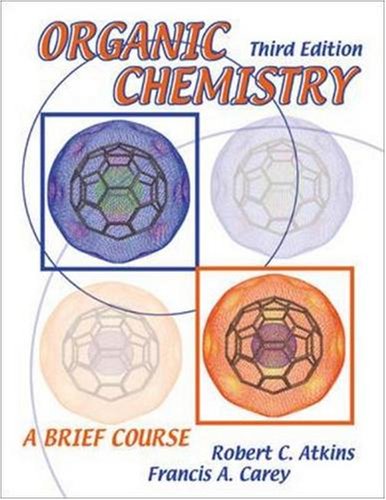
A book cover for Organic Chemistry: A Brief Course; Robert C. Atkins; Health, Fitness & Dieting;